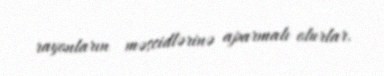
rayonların məscidlərinə aparmalı olurlar.